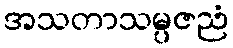
အသတာသမ္ပဇညံ